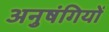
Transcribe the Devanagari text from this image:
अनुषंगियों